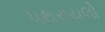
પથરાયલો